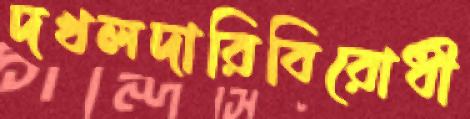
দখলদারিবিরোধী